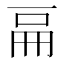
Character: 𠀷